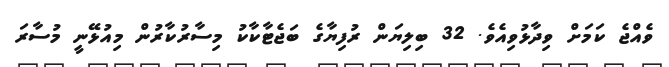
ވެއްޖެ ކަމަށް ވިދާޅުވިއެވެ. 32 ބިލިޔަން ރުފިޔާގެ ބަޖެޓާކާކު މިސާރުކާރުން މިއުޅޭނީ މުސާރަ